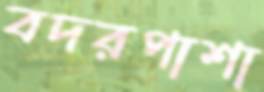
বদরপাশা